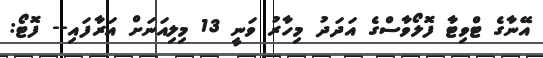
އޭނާގެ ޓްވިޓާ ފޮލޯވާސްގެ އަދަދު މިހާރު ވަނީ 13 މިލިއަނަށް އަރާފައި-- ފޮޓޯ: